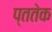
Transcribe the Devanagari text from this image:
प्ततेक